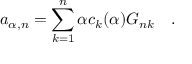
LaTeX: a _ { \alpha , n } = \sum _ { k = 1 } ^ { n } \alpha c _ { k } ( { \alpha } ) G _ { n k } ~ ~ ~ .